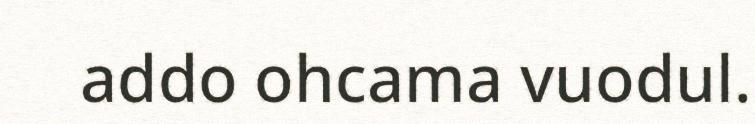
addo ohcama vuodul.